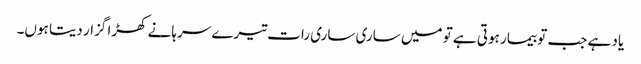
یاد ہے جب تو بیمار ہوتی ہے تو میں ساری ساری رات تیرے سرہانے کھڑا گزار دیتا ہوں۔